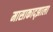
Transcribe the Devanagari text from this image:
मासाकाद्झाला